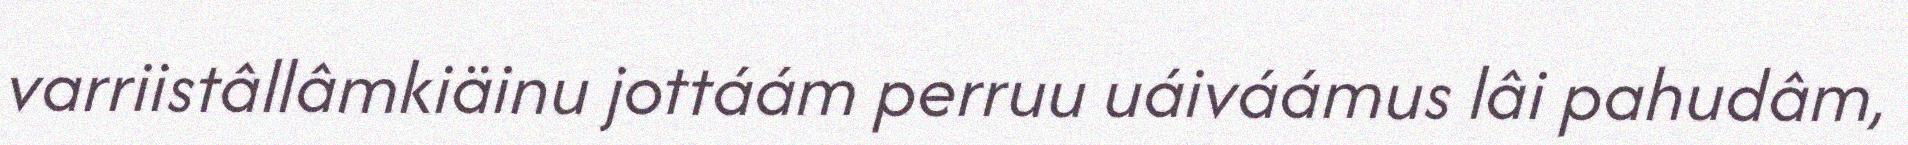
varriistâllâmkiäinu jottáám perruu uáiváámus lâi pahudâm,